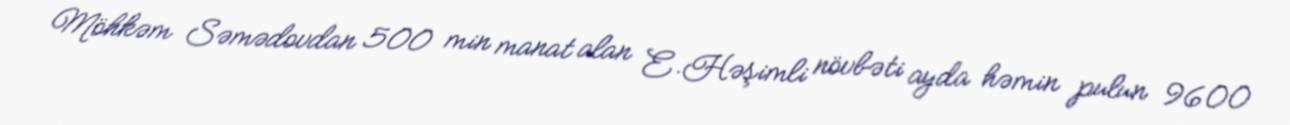
Möhkəm Səmədovdan 500 min manat alan E.Həşimli növbəti ayda həmin pulun 9600